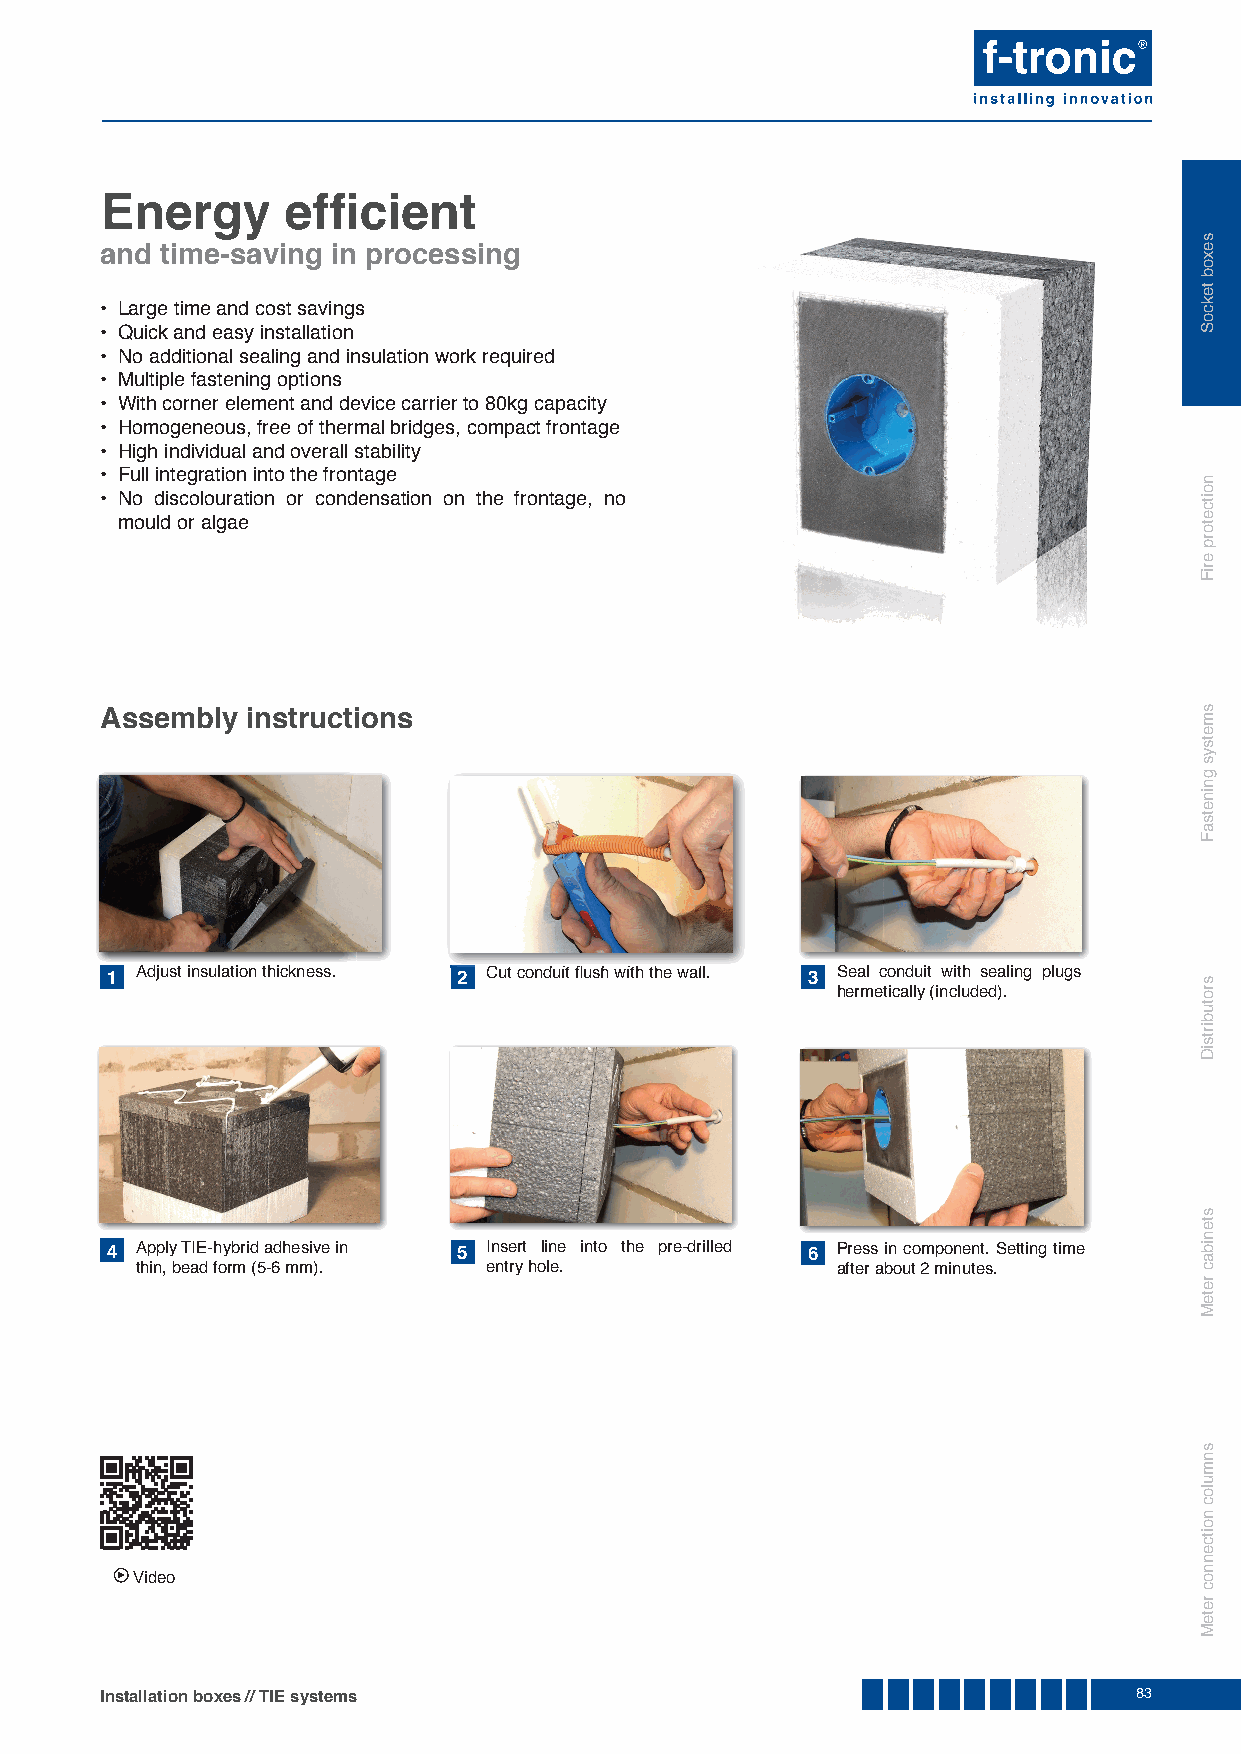
Energy      effi cient
 and time-saving in processing
 • Large time and cost savings
 • Quick and easy installation
 • No additional sealing and insulation work required
 • Multiple fastening options
 • With corner element and device carrier to 80kg capacity
 • Homogeneous, free of thermal bridges, compact frontage
 • High individual and overall stability
 • Full integration into the frontage
 • No discolouration or condensation on the frontage, no
 mould or algae
 Assembly instructions
 1 Adjust insulation thickness. 2 CCuutt ccoonndduuiitt flfl uusshh wwiitthh tthhee wwaallll.. 3 Seal conduit with sealing plugs
 hermetically (included).
 4 Apply TIE-hybrid adhesive in 5 Insert line into the pre-drilled 6 Press in component. Setting time
 thin, bead form (5-6 mm). entry hole.         after about 2 minutes.
 ► Video
 Installation boxes // TIE systems                                   83
 sexob
 tekcoS
 noitcetorp
 eriF
 smetsys
 gninetsaF
 srotubirtsiD
 stenibac
 reteM
 snmuloc
 noitcennoc
 reteM